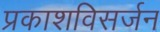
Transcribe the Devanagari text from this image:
प्रकाशविसर्जन